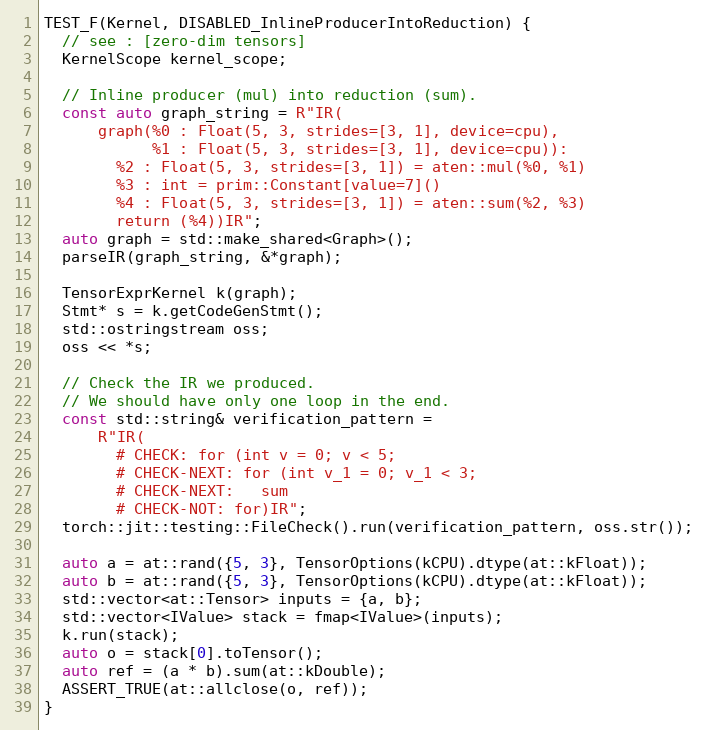
Language: C++
TEST_F(Kernel, DISABLED_InlineProducerIntoReduction) {
  // see : [zero-dim tensors]
  KernelScope kernel_scope;

  // Inline producer (mul) into reduction (sum).
  const auto graph_string = R"IR(
      graph(%0 : Float(5, 3, strides=[3, 1], device=cpu),
            %1 : Float(5, 3, strides=[3, 1], device=cpu)):
        %2 : Float(5, 3, strides=[3, 1]) = aten::mul(%0, %1)
        %3 : int = prim::Constant[value=7]()
        %4 : Float(5, 3, strides=[3, 1]) = aten::sum(%2, %3)
        return (%4))IR";
  auto graph = std::make_shared<Graph>();
  parseIR(graph_string, &*graph);

  TensorExprKernel k(graph);
  Stmt* s = k.getCodeGenStmt();
  std::ostringstream oss;
  oss << *s;

  // Check the IR we produced.
  // We should have only one loop in the end.
  const std::string& verification_pattern =
      R"IR(
        # CHECK: for (int v = 0; v < 5;
        # CHECK-NEXT: for (int v_1 = 0; v_1 < 3;
        # CHECK-NEXT:   sum
        # CHECK-NOT: for)IR";
  torch::jit::testing::FileCheck().run(verification_pattern, oss.str());

  auto a = at::rand({5, 3}, TensorOptions(kCPU).dtype(at::kFloat));
  auto b = at::rand({5, 3}, TensorOptions(kCPU).dtype(at::kFloat));
  std::vector<at::Tensor> inputs = {a, b};
  std::vector<IValue> stack = fmap<IValue>(inputs);
  k.run(stack);
  auto o = stack[0].toTensor();
  auto ref = (a * b).sum(at::kDouble);
  ASSERT_TRUE(at::allclose(o, ref));
}